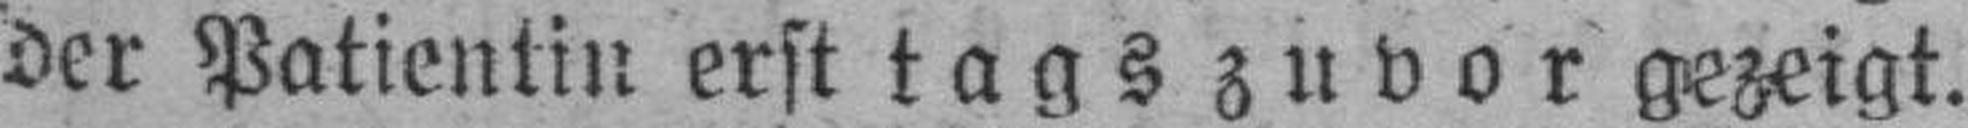
der Patientin erst tags zuvor gezeigt.